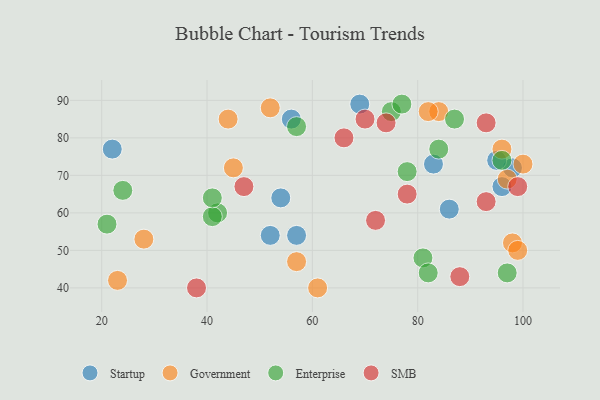
{"axis": {"x": "GDP", "y": "Life Expectancy"}, "legend": ["Enterprise", "Government", "SMB", "Startup"], "data": [{"x": "83", "y": 73, "type": "Startup"}, {"x": "69", "y": 89, "type": "Startup"}, {"x": "52", "y": 54, "type": "Startup"}, {"x": "98", "y": 72, "type": "Startup"}, {"x": "22", "y": 77, "type": "Startup"}, {"x": "95", "y": 74, "type": "Startup"}, {"x": "96", "y": 67, "type": "Startup"}, {"x": "57", "y": 54, "type": "Startup"}, {"x": "54", "y": 64, "type": "Startup"}, {"x": "56", "y": 85, "type": "Startup"}, {"x": "86", "y": 61, "type": "Startup"}, {"x": "28", "y": 53, "type": "Government"}, {"x": "52", "y": 88, "type": "Government"}, {"x": "45", "y": 72, "type": "Government"}, {"x": "23", "y": 42, "type": "Government"}, {"x": "61", "y": 40, "type": "Government"}, {"x": "96", "y": 77, "type": "Government"}, {"x": "97", "y": 69, "type": "Government"}, {"x": "98", "y": 52, "type": "Government"}, {"x": "44", "y": 85, "type": "Government"}, {"x": "99", "y": 50, "type": "Government"}, {"x": "84", "y": 87, "type": "Government"}, {"x": "82", "y": 87, "type": "Government"}, {"x": "100", "y": 73, "type": "Government"}, {"x": "57", "y": 47, "type": "Government"}, {"x": "24", "y": 66, "type": "Enterprise"}, {"x": "87", "y": 85, "type": "Enterprise"}, {"x": "42", "y": 60, "type": "Enterprise"}, {"x": "21", "y": 57, "type": "Enterprise"}, {"x": "41", "y": 59, "type": "Enterprise"}, {"x": "84", "y": 77, "type": "Enterprise"}, {"x": "78", "y": 71, "type": "Enterprise"}, {"x": "81", "y": 48, "type": "Enterprise"}, {"x": "41", "y": 64, "type": "Enterprise"}, {"x": "75", "y": 87, "type": "Enterprise"}, {"x": "96", "y": 74, "type": "Enterprise"}, {"x": "97", "y": 44, "type": "Enterprise"}, {"x": "82", "y": 44, "type": "Enterprise"}, {"x": "77", "y": 89, "type": "Enterprise"}, {"x": "57", "y": 83, "type": "Enterprise"}, {"x": "99", "y": 67, "type": "SMB"}, {"x": "66", "y": 80, "type": "SMB"}, {"x": "38", "y": 40, "type": "SMB"}, {"x": "74", "y": 84, "type": "SMB"}, {"x": "93", "y": 84, "type": "SMB"}, {"x": "72", "y": 58, "type": "SMB"}, {"x": "88", "y": 43, "type": "SMB"}, {"x": "78", "y": 65, "type": "SMB"}, {"x": "47", "y": 67, "type": "SMB"}, {"x": "93", "y": 63, "type": "SMB"}, {"x": "70", "y": 85, "type": "SMB"}]}